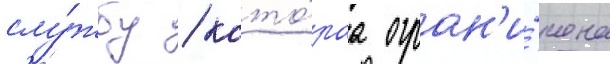
слу́жбу / кото́раа огран'и́чена